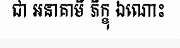
ជា អនាគាមី ភិក្ខុ ឯណោះ